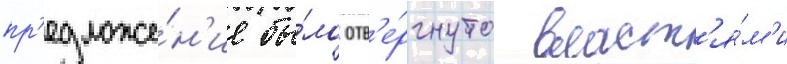
пр'едложе́н'ие бы́ло отв'е́ргнуто власт'я́м'и